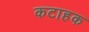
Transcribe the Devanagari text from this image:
कटाहक